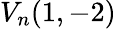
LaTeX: V_{n}(1,-2)